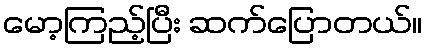
မော့ကြည့်ပြီး ဆက်ပြောတယ်။